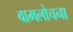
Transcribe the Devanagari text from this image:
वामलोचना